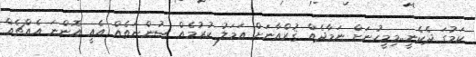
ކަމުގަ ދެކެނީ..މިމީހުނަށް ނަމާދެއް ޤުރްއާނަށް ޢަމަލު ކުރުމެއް ސުންނަތެއް އެއީ އޮންނަ އެއްޗެއް